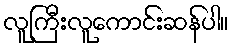
လူကြီးလူကောင်းဆန်ပါ။